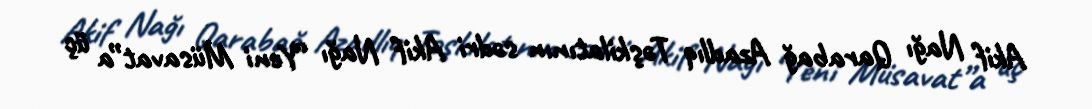
Akif Nağı Qarabağ Azadlıq Təşkilatının sədri Akif Nağı “Yeni Müsavat”a üç